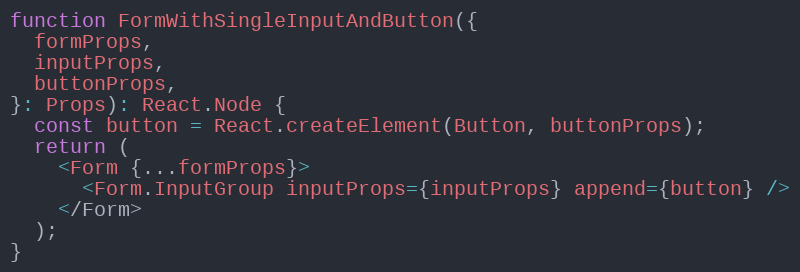
Language: JavaScript
function FormWithSingleInputAndButton({
  formProps,
  inputProps,
  buttonProps,
}: Props): React.Node {
  const button = React.createElement(Button, buttonProps);
  return (
    <Form {...formProps}>
      <Form.InputGroup inputProps={inputProps} append={button} />
    </Form>
  );
}